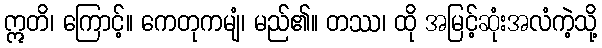
ဣတိ၊ ကြောင့်။ ကေတုကမျံ၊ မည်၏။ တဿ၊ ထို အမြင့်ဆုံးအလံကဲ့သို့